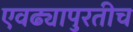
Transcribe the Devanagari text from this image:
एवढ्यापुरतीच